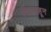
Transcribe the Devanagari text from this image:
दिवसाहून